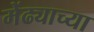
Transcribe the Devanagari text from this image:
मेंढ्याच्या